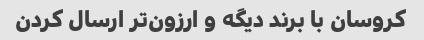
کروسان با برند دیگه و ارزون‌تر ارسال کردن